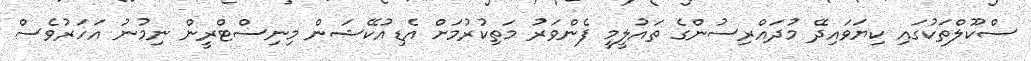
ސްކޫލްތަކުގައި ކިޔަވައިދޭ މުދައްރިސުންގެ ތައުލީމީ ފެންވަރު މަތިކުރުމަށް އެޑިއުކޭޝަން މިނިސްޓްރީން ނިމުނު އަހަރުވެސް